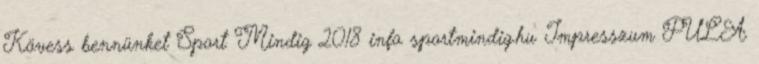
Kövess bennünket Sport Mindig 2018 info sportmindig.hu Impresszum PULA